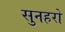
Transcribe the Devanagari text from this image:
सुनहरो